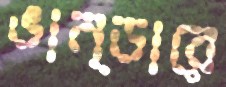
ভান্ডারে